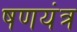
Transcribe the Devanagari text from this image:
षणयंत्र